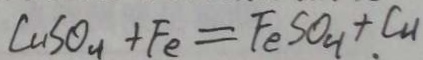
C u S O _ { 4 } + F e = F e S O _ { 4 } + C _ { 4 }